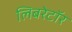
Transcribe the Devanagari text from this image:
लिबरेटॉर